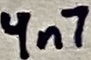
Text: 4n7